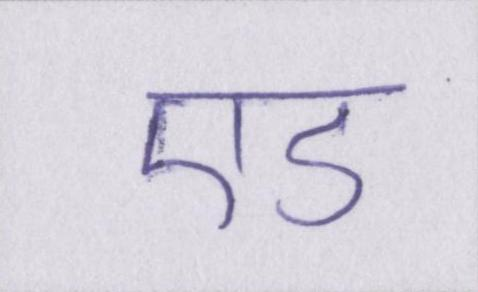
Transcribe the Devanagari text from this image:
एड